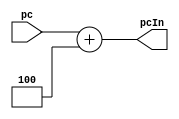
`timescale 1ns / 1ps
module PCAdder4(pc,pcIn);
    input [31:0]pc;
    output [31:0] pcIn;
    assign pcIn=pc+4;
endmodule